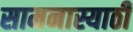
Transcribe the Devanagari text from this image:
सामनास्याठी